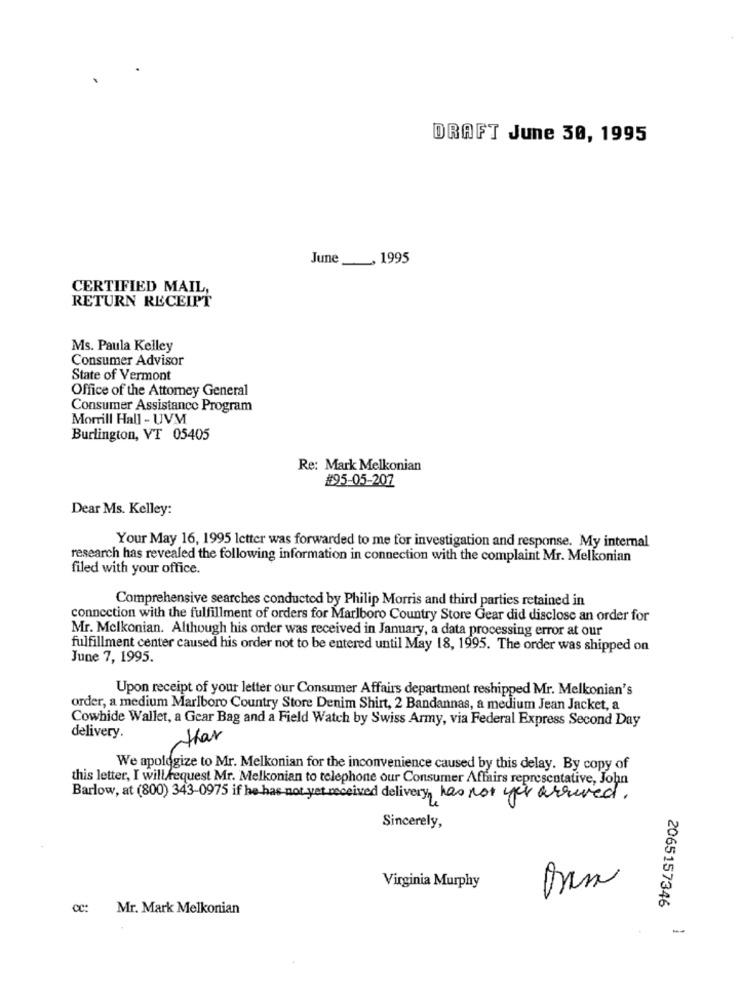
DRAFT June 30, 1995
June __, 1995
CERTIFIED MAIL,
RETURN RECEIPT
Ms. Paula Kelley
Consumer Advisor
State of Vermont
Office of the Attomey General
Consumer Assistance Program
Morrill Hall - UVM
Burlington, VT 05405
Re: Mark Melkonian
#95-05-207
Dear Ms. Kelley:
Your May 16, 1995 letter was forwarded to me for investigation and response. My internal
research has revealed the following information in connection with the complaint Mr. Melkonian
filed with your office.
Comprehensive searches conducted by Philip Morris and third parties retained in
connection with the fulfillment of orders for Marlboro Country Store Gear did disclose an order for
Mr. Melkonian. Although his order was received in January, a data processing error at our
fulfillment center caused his order not to be entered until May 18, 1995. The order was shipped on
June 7, 1995.
Upon receipt of your letter our Consumer Affairs department reshipped Mr. Melkonian's
order, a medium Marlboro Country Store Denim Shirt, 2 Bandannas, a medium Jean Jacket, a
Cowhide Wallet, a Gear Bag and a Field Watch by Swiss Army, via Federal Express Second Day
delivery.
that
We apologize to Mr. Melkonian for the inconvenience caused by this delay. By copy of
this letter, I will fequest Mr. Melkonian to telephone our Consumer Affairs representative, John
Barlow, at (800) 343-0975 if he has not yet received delivery, has not yer arrived.
Sincerely,
Virginia Murphy
2065157346
cc: Mr. Mark Melkonian
-